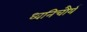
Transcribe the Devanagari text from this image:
ध्वनिचौर्य